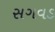
સગવડ